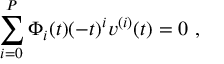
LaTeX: \sum _ { i = 0 } ^ { P } \Phi _ { i } ( t ) ( - t ) ^ { i } v ^ { ( i ) } ( t ) = 0 \ ,